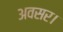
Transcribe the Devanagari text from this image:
अवसर।